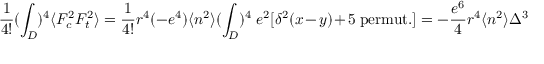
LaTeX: \frac { 1 } { 4 ! } ( \int _ { D } ) ^ { 4 } \langle F _ { c } ^ { 2 } F _ { t } ^ { 2 } \rangle = \frac { 1 } { 4 ! } r ^ { 4 } ( - e ^ { 4 } ) \langle n ^ { 2 } \rangle ( \int _ { D } ) ^ { 4 } \; e ^ { 2 } [ \delta ^ { 2 } ( x - y ) + 5 \; \mathrm { p e r m u t . } ] = - \frac { e ^ { 6 } } { 4 } r ^ { 4 } \langle n ^ { 2 } \rangle \Delta ^ { 3 }